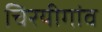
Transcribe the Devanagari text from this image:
चिरयीगांव